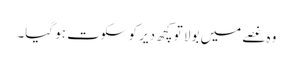
وہ غصے میں بولا تو کچھ دیر کو سکوت ہو گیا۔